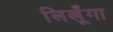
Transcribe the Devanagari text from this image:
लिखूँगा